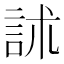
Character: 訹